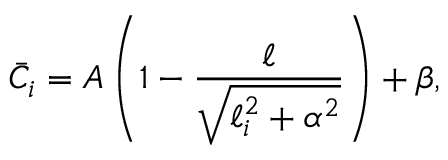
\bar { C } _ { i } = A \left( 1 - \frac { \ell } { \sqrt { \ell _ { i } ^ { 2 } + \alpha ^ { 2 } } } \right) + \beta ,